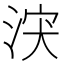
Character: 涋